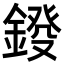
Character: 𨨻